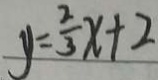
y = \frac { 2 } { 3 } x + 2